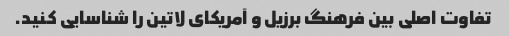
تفاوت اصلی بین فرهنگ برزیل و آمریکای لاتین را شناسایی کنید.